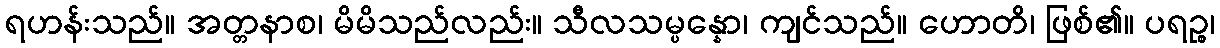
ရဟန်းသည်။ အတ္တနာစ၊ မိမိသည်လည်း။ သီလသမ္ပန္နော၊ ကျင်သည်။ ဟောတိ၊ ဖြစ်၏။ ပရဉ္စ၊